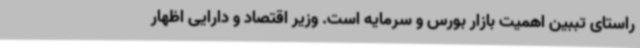
راستای تببین اهمیت بازار بورس و سرمایه است. وزیر اقتصاد و دارایی اظهار